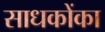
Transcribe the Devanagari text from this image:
साधकोंका